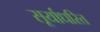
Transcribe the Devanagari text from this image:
सूर्याधरित